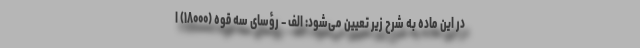
در این ماده به شرح زیر تعیین می‌شود: الف – رؤسای سه قوه (۱۸۰۰۰) ا